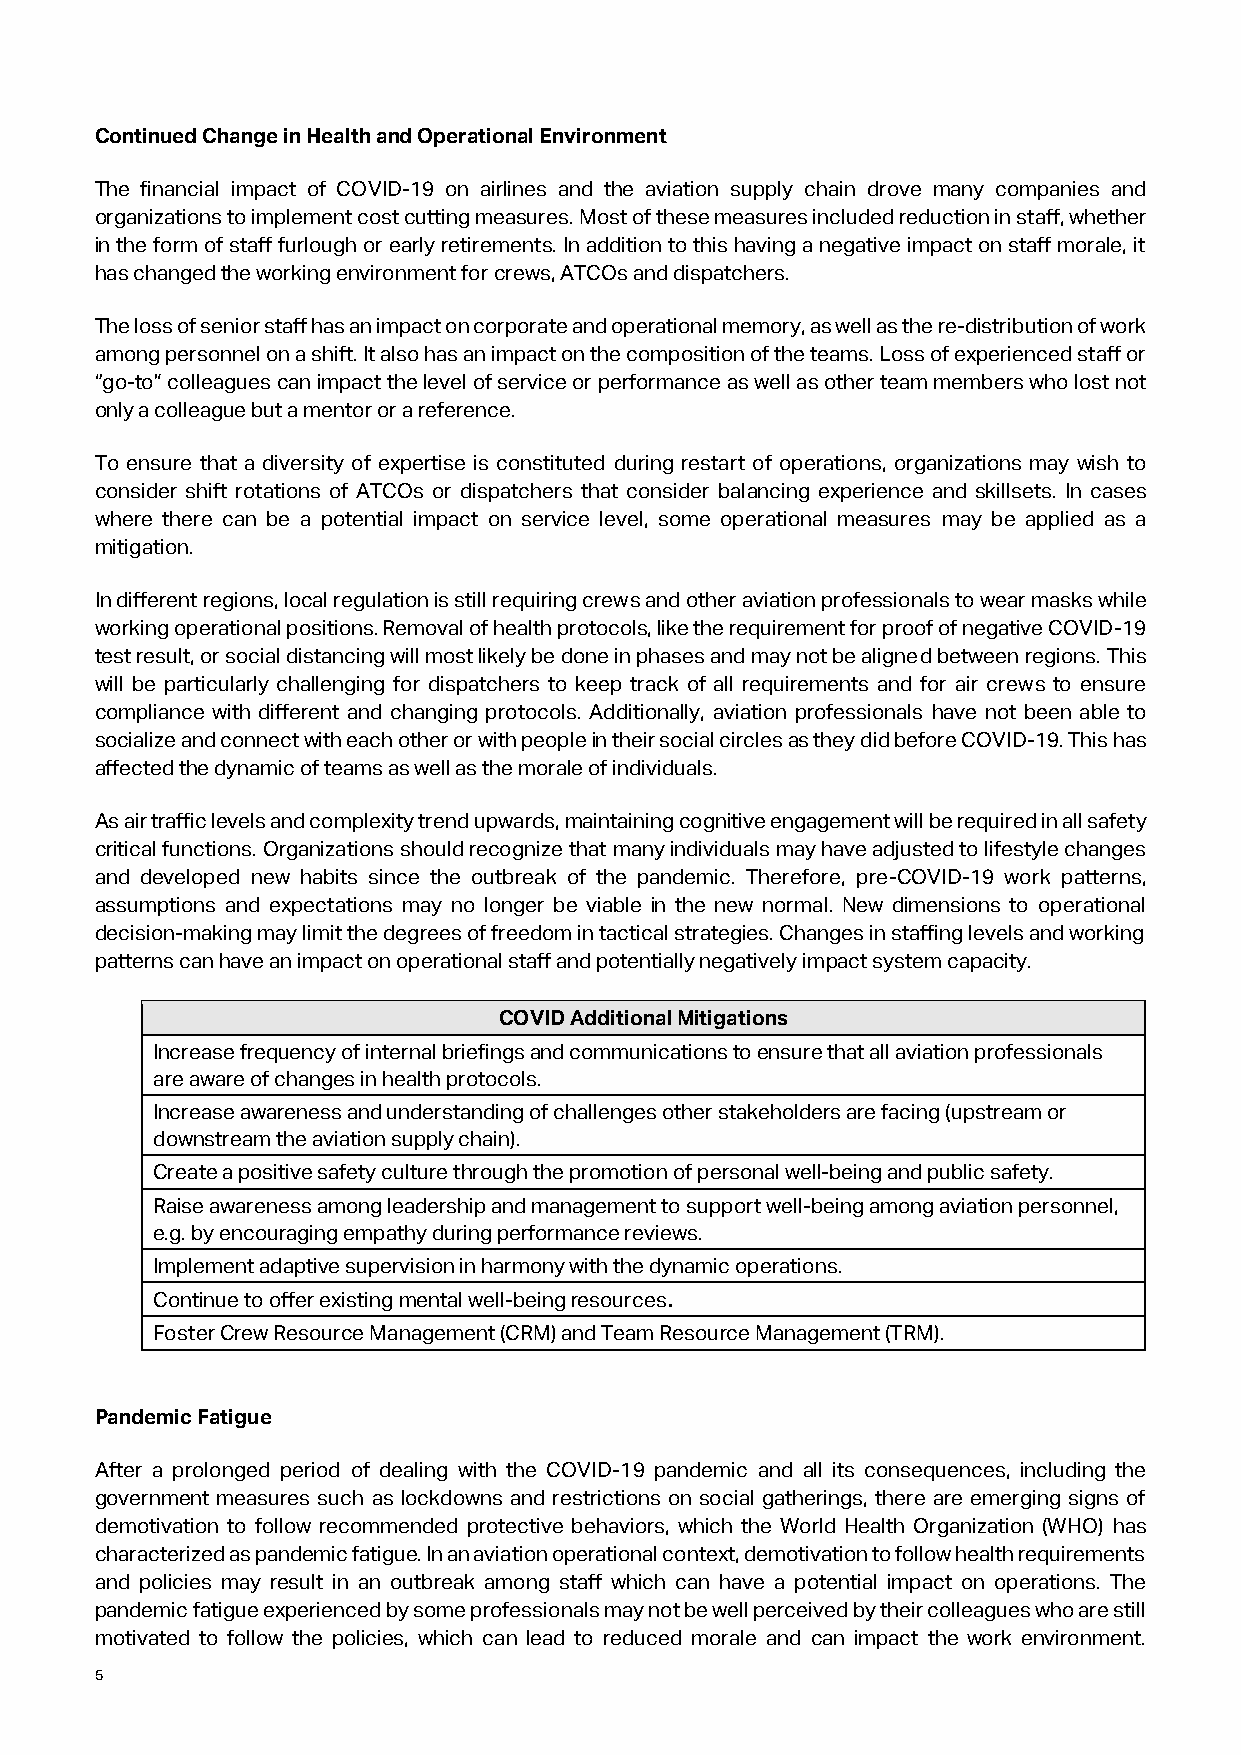
Continued Change in Health and Operational Environment
 The financial impact of COVID-19 on airlines and the aviation supply chain drove many companies and
 organizations to implement cost cutting measures. Most of these measures included reduction in staff, whether
 in the form of staff furlough or early retirements. In addition to this having a negative impact on staff morale, it
 has changed the working environment for crews, ATCOs and dispatchers.
 The loss of senior staff has an impact on corporate and operational memory, as well as the re-distribution of work
 among personnel on a shift. It also has an impact on the composition of the teams. Loss of experienced staff or
 “go-to” colleagues can impact the level of service or performance as well as other team members who lost not
 only a colleague but a mentor or a reference.
 To ensure that a diversity of expertise is constituted during restart of operations, organizations may wish to
 consider shift rotations of ATCOs or dispatchers that consider balancing experience and skillsets. In cases
 where there can be a potential impact on service level, some operational measures may be applied as a
 mitigation.
 In different regions, local regulation is still requiring crews and other aviation professionals to wear masks while
 working operational positions. Removal of health protocols, like the requirement for proof of negative COVID-19
 test result, or social distancing will most likely be done in phases and may not be aligned between regions. This
 will be particularly challenging for dispatchers to keep track of all requirements and for air crews to ensure
 compliance with different and changing protocols. Additionally, aviation professionals have not been able to
 socialize and connect with each other or with people in their social circles as they did before COVID-19. This has
 affected the dynamic of teams as well as the morale of individuals.
 As air traffic levels and complexity trend upwards, maintaining cognitive engagement will be required in all safety
 critical functions. Organizations should recognize that many individuals may have adjusted to lifestyle changes
 and developed new habits since the outbreak of the pandemic. Therefore, pre-COVID-19 work patterns,
 assumptions and expectations may no longer be viable in the new normal. New dimensions to operational
 decision-making may limit the degrees of freedom in tactical strategies. Changes in staffing levels and working
 patterns can have an impact on operational staff and potentially negatively impact system capacity.
 COVID Additional Mitigations
 Increase frequency of internal briefings and communications to ensure that all aviation professionals
 are aware of changes in health protocols.
 Increase awareness and understanding of challenges other stakeholders are facing (upstream or
 downstream the aviation supply chain).
 Create a positive safety culture through the promotion of personal well-being and public safety.
 Raise awareness among leadership and management to support well-being among aviation personnel,
 e.g. by encouraging empathy during performance reviews.
 Implement adaptive supervision in harmony with the dynamic operations.
 Continue to offer existing mental well-being resources.
 Foster Crew Resource Management (CRM) and Team Resource Management (TRM).
 Pandemic Fatigue
 After a prolonged period of dealing with the COVID-19 pandemic and all its consequences, including the
 government measures such as lockdowns and restrictions on social gatherings, there are emerging signs of
 demotivation to follow recommended protective behaviors, which the World Health Organization (WHO) has
 characterized as pandemic fatigue. In an aviation operational context, demotivation to follow health requirements
 and policies may result in an outbreak among staff which can have a potential impact on operations. The
 pandemic fatigue experienced by some professionals may not be well perceived by their colleagues who are still
 motivated to follow the policies, which can lead to reduced morale and can impact the work environment.
 5